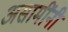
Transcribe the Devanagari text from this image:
असामींनी